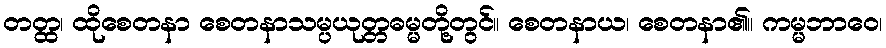
တတ္ထ၊ ထိုစေတနာ စေတနာသမ္ပယုတ္တဓမ္မတို့တွင်။ စေတနာယ၊ စေတနာ၏။ ကမ္မဘာဝေ၊